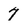
Character: 7